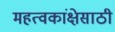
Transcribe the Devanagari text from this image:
महत्वकांक्षेसाठी